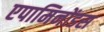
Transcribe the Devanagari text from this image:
एपामिनोंडस